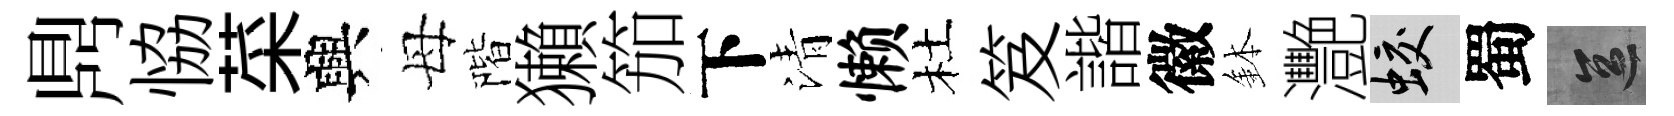
𪔂恊菜興母階獺笳下清懒杜笈諧徽鉢灧蛟蜀區